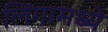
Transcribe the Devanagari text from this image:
लिंगामध्ये